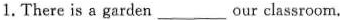
1.There is a garden ___ our classroom.